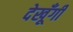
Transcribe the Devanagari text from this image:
देखूँगी